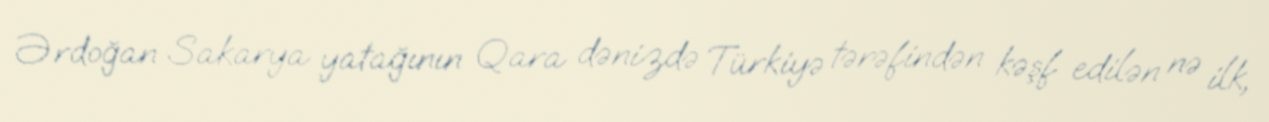
Ərdoğan Sakarya yatağının Qara dənizdə Türkiyə tərəfindən kəşf edilən nə ilk,